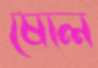
ষোল